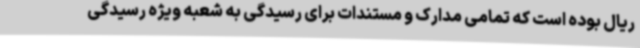
ریال بوده است که تمامی مدارک و مستندات برای رسیدگی به شعبه ویژه رسیدگی